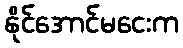
နိုင်အောင်မငေးက